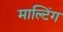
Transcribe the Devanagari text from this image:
माल्टिंग